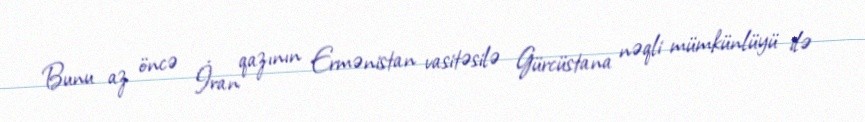
Bunu az öncə İran qazının Ermənistan vasitəsilə Gürcüstana nəqli mümkünlüyü ilə